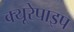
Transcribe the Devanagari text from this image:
क्यूरेपाइप